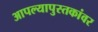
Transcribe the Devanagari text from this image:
आपल्यापुस्तकांवर